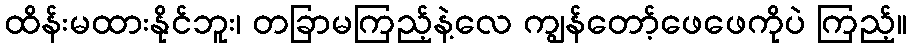
ထိန်းမထားနိုင်ဘူး၊ တခြာမကြည့်နဲ့လေ ကျွန်တော့်ဖေဖေကိုပဲ ကြည့်။